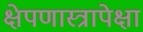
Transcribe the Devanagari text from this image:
क्षेपणास्त्रापेक्षा